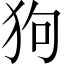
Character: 狗